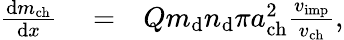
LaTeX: \begin{array}{rlr}{\frac{\mathrm{d}m_{\mathrm{ch}}}{\mathrm{d}x}}&{{}=}&{Qm_{\mathrm{d}}n_{\mathrm{d}}\pi a_{\mathrm{ch}}^{2}\frac{v_{\mathrm{imp}}}{v_{\mathrm{ch}}},}\end{array}